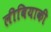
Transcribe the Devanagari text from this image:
लीबियाकी